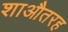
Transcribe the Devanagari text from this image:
शाऔतरह